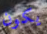
يكون